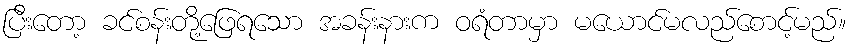
ပြီးတော့ ခင်စန်းတို့ဖြေရသော အခန်းနားက ဝရံတာမှာ မယောင်မလည်စောင့်မည်။